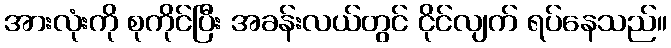
အားလုံးကို စုကိုင်ပြီး အခန်းလယ်တွင် ငိုင်လျက် ရပ်နေသည်။